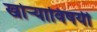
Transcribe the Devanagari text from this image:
खोर्‍याविषयी